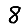
Digit: 8